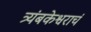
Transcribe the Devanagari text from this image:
त्र्यंबकेश्वराचं